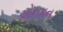
એનવન